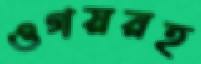
ওগয়রহ